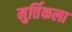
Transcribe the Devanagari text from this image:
मुर्त्तिकला